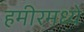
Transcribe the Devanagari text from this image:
हमीरमध्ये